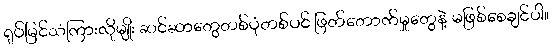
ရုပ်မြင်သံကြားလိုမျိုး ဆင်ဆာတွေတစ်ပုံတစ်ပင် ဖြတ်တောက်မှုတွေနဲ့ မဖြစ်စေချင်ပါ။